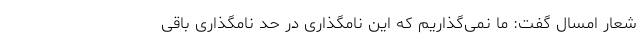
شعار امسال گفت: ما نمی‌گذاریم که این نامگذاری در حد نامگذاری باقی